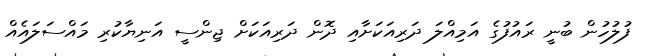
ފުލުހުން ބުނީ ރައުފުގެ އަމިއްލަ ދަރިއަކަށާއި ދޮން ދަރިއަކަށް ޖިންސީ އަނިޔާކުރި މައްސަލައެއް